Annual report of the Punjab Veterinary College and of the Civil Veterinary Department, Punjab - 1920-1925
Year: 1920
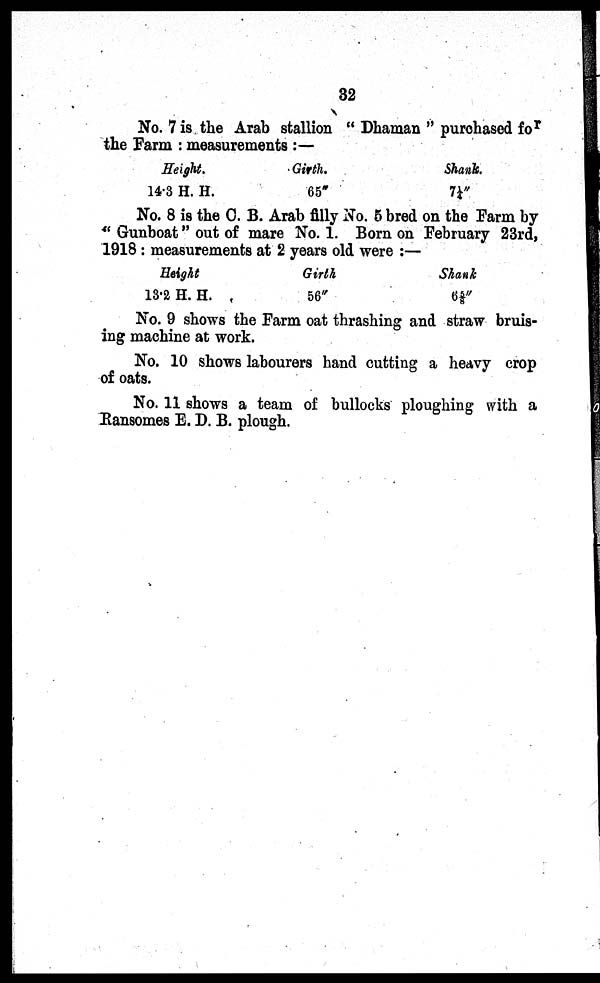
32
No. 7 is the Arab stallion "Dhaman" purchased for
the Farm: measurements:—
Height.
14.3 H. H.
Girth.
65"
Shank.
71/4"
No. 8 is the C. B. Arab filly No. 5 bred on the Farm by
"Gunboat" out of mare No. 1. Born on February 23rd,
1918: measurements at 2 years old were:—
Height
13.2 H. H.
Girth
56"
Shank
65/8"
No. 9 shows the Farm oat thrashing and straw bruis-
ing machine at work.
No. 10 shows labourers hand cutting a heavy crop
of oats.
No. 11 shows a team of bullocks ploughing with a
Ransomes E. D. B. plough.